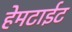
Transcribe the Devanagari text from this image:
हेमटाईट